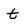
Character: t